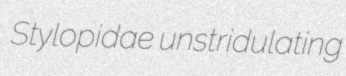
Stylopidae unstridulating